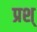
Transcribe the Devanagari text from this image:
प्रश्